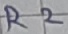
Text: R2